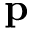
\mathbf { p }